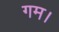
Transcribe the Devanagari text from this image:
गम।